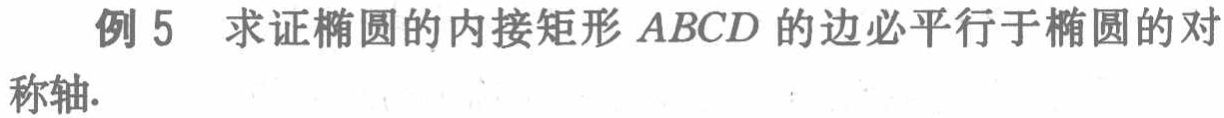
例 5 求证椭圆的内接矩形 \(ABCD\) 的边必平行于椭圆的对称轴.